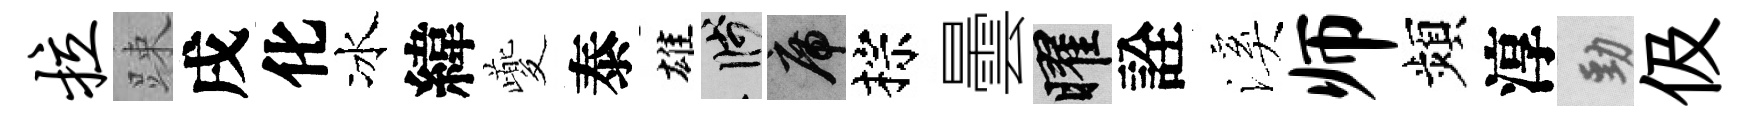
拉踈戌化冰緯夔泰雄箋席棕曇曜詮溪师頻淳勁伋